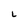
Character: L